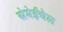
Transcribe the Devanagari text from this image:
सेमेईचेल